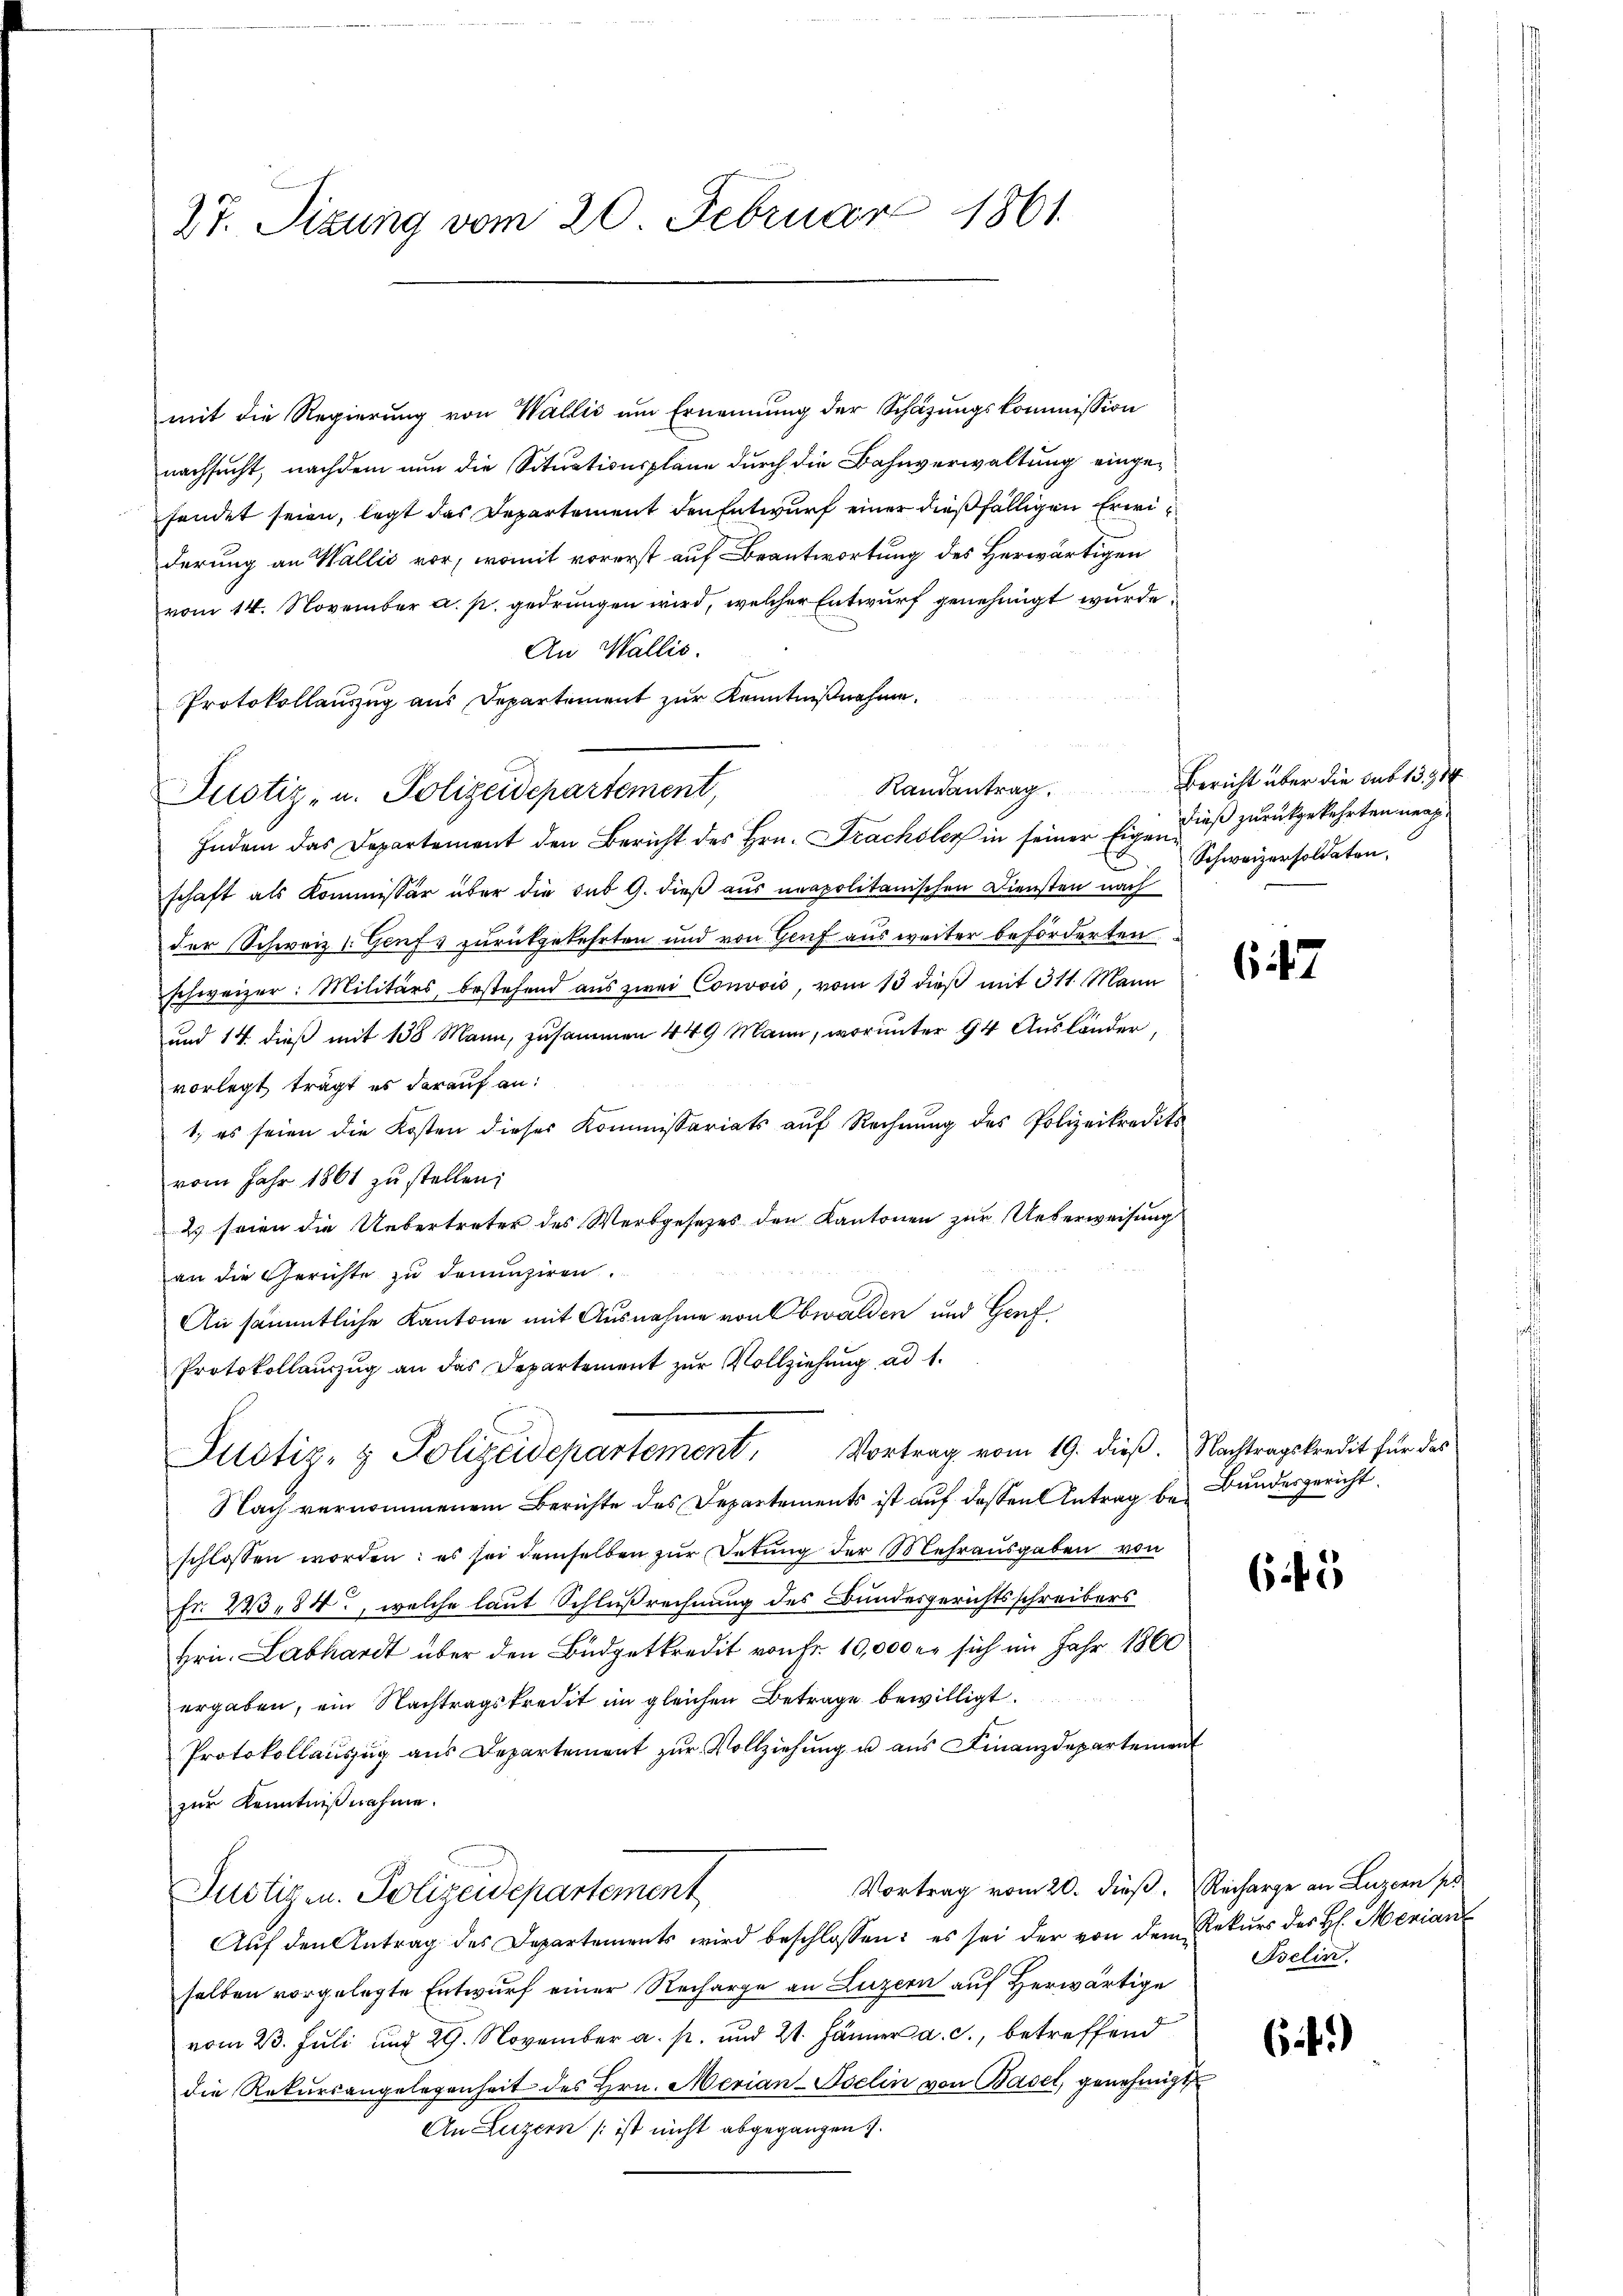
27. Sizung vom 20. Februar 1861.

mit die Regierung von Wallis um Ernennung der Schazungskommission
nachsucht, nachdem nun die Situationspläne durch die Bahnverwaltung eingehendet seien, legt das Departement den Entwurf einer dießfälligen Erwiderung an Wallis vor, womit vorerst auf Beantwortung des Herwärtigen
vom 14. November a. p. gedrungen wird, welcher Entwurf genehmigt wurde.
An Wallis.
Protokollauszug aus Departement zur Kenntnißnahme.
Randantrag.
Indem das Departement den Bericht des Hrn. Frachsler in seiner Eigenuß zurückgekehrten nachschaft als Kommissär über die sub 9. dieß aus neapolitanischen Diensten nach
der Schweiz (Genf zurückgekehrten und von Genf aus weiter beförderten
schweizer: Militärs, bestehend aŭs zwei Convois, vom 13 dieβ mit 311. Mann
und 14 dieß mit 138 Mann, zusammen 449 Mann, worunter 94 Ausländer,
vorlegt trägt es darauf an:
1. es seien die Kosten dieses Kommissariats auf Rechnung des Polizeikredits
vom Jahr 1861 zu stellen:
2 seien die Uebertreter des Werbgesetzes den Kantonen zur Ueberweisung
an die Gerichte zu denunziren.
An sämmtliche Kantone mit Ausnahme von Obwalden und Genf
Protokollauszug an das Departement zur Vollziehung ad 1.
Justiz- & Polizeidepartement. Vortrag vom 19. dieß. Nachtragskredit für das
Nach vernommenem Berichte des Departements ist auf dessen Antrag bei Bundesgericht
schlossen worden: es sei demselben zur Detung der Mehrausgaben von
Fr. 24384, welche laut Schlußrechnung des Bundesgerichtsschreibers
Hrn. Labhardt über den Büdgetkredit von Fr. 10,000 er sich im Jahr 1860
ergaben, ein Nachtragskredit im gleichen Betrage bewilligt.
Protokollauszug aus Departement zŭr Vollziehung u aus Finanzdepartement
zur Kenntnißnahme.
Vortrag vom 20. dieß. Recharge an Luzern pr
Justizen. Polizeidepartement
Aŭf den Antrag des Departements wird beschlossen: es sei der von dem Rekŭrs des H. Merian
selben vorgelegte Entwurf einer Recharge an Luzern auf Herwärtige
vom 23. Juli und 29. November a. p. und 21. Jänner a. c., betreffend
die Rekŭrsangelegenheit des Hrn. Merian-Iselin von Basel, genehmigt
An Luzern ist nicht abgegangen.

Justiz- u. Polizeidepartement,

Bericht über die sub 15. 91
Schweizersoldaten.

67

65

Iselin.

6 f.)